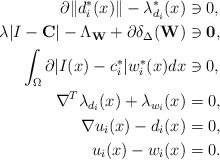
LaTeX: \begin{align*}\partial \|d_i^*(x)\|-{\lambda_{d_i}^*(x)}&\ni 0,\\\lambda |I-\mathbf{C}|-\Lambda_{\mathbf{W}}+\partial \delta_\Delta(\mathbf{W}) &\ni\mathbf{0},\\\int_\Omega \partial |I(x)-c_i^*|w^*_i(x)dx & \ni 0,\\\nabla^T\lambda_{d_i}(x)+\lambda_{w_i}(x)&=0,\\\nabla u_i(x)-d_i(x) &=0,\\u_i(x)-w_i(x) &=0.\end{align*}